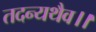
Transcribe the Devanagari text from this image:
तदन्यथैव।।